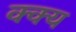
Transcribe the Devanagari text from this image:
क्क्य